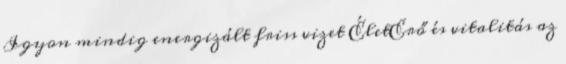
Igyon mindig energizált friss vizet ÉletErő és vitalitás az